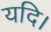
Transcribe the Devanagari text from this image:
यदि।